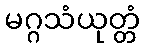
မဂ္ဂသံယုတ္တံ